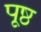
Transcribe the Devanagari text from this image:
पृ्ष्ठ